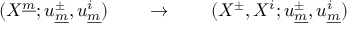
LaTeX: ( X ^ { \underline { { { m } } } } ; u _ { \underline { { { m } } } } ^ { \pm } , u _ { \underline { { { m } } } } ^ { i } ) \qquad \rightarrow \qquad ( X ^ { \pm } , X ^ { i } ; u _ { \underline { { { m } } } } ^ { \pm } , u _ { \underline { { { m } } } } ^ { i } )